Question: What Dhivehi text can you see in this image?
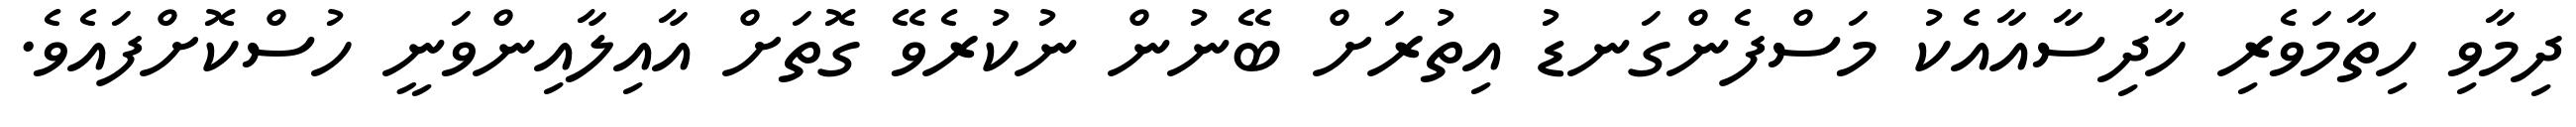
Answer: ދިމާވި ހިތާމަވެރި ހާދިސާއާއެކު މަސްފެންގަނޑު އިތުރަށް ބޭނުން ނުކުރެވޭ ގޮތަށް އާއިލާއިންވަނީ ހުސްކޮށްފައެވެ.